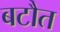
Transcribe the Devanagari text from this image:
बटौत